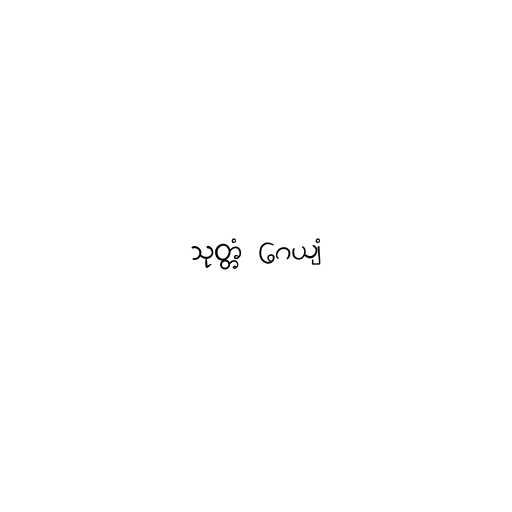
သုတ္တံ ဂေယျံ